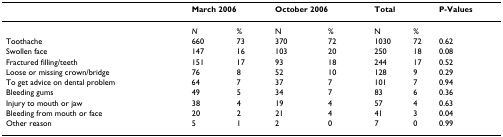
<table><thead><tr><td></td><td colspan="2"><b>March 2006</b></td><td colspan="2"><b>October 2006</b></td><td colspan="2"><b>Total</b></td><td><b>P-Values</b></td></tr></thead><tbody><tr><td></td><td><i>N</i></td><td>%</td><td>N</td><td>%</td><td>N</td><td>%</td><td></td></tr><tr><td>Toothache</td><td>660</td><td>73</td><td>370</td><td>72</td><td>1030</td><td>72</td><td>0.62</td></tr><tr><td>Swollen face</td><td>147</td><td>16</td><td>103</td><td>20</td><td>250</td><td>18</td><td>0.08</td></tr><tr><td>Fractured filling/teeth</td><td>151</td><td>17</td><td>93</td><td>18</td><td>244</td><td>17</td><td>0.52</td></tr><tr><td>Loose or missing crown/bridge</td><td>76</td><td>8</td><td>52</td><td>10</td><td>128</td><td>9</td><td>0.29</td></tr><tr><td>To get advice on dental problem</td><td>64</td><td>7</td><td>37</td><td>7</td><td>101</td><td>7</td><td>0.94</td></tr><tr><td>Bleeding gums</td><td>49</td><td>5</td><td>34</td><td>7</td><td>83</td><td>6</td><td>0.36</td></tr><tr><td>Injury to mouth or jaw</td><td>38</td><td>4</td><td>19</td><td>4</td><td>57</td><td>4</td><td>0.63</td></tr><tr><td>Bleeding from mouth or face</td><td>20</td><td>2</td><td>21</td><td>4</td><td>41</td><td>3</td><td>0.04</td></tr><tr><td>Other reason</td><td>5</td><td>1</td><td>2</td><td>0</td><td>7</td><td>0</td><td>0.99</td></tr></tbody></table>